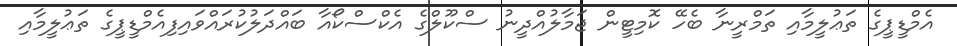
އެމްޑީޕީގެ ތަޢުލީމާއި ތަމްރީނާ ބެހޭ ކޮމިޓީން ޖަމާލުއްދީނު ސްކޫލްގެ އެކްސްކޯއާ ބައްދަލުކުރައްވައިފިއެމްޑީޕީގެ ތަޢުލީމާއި